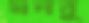
মনবু